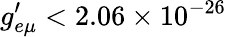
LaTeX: g_{e\mu}^{\prime}<2.06\times 10^{-26}